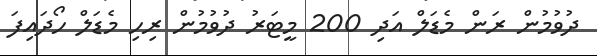
ދުވުމުން ރަން މެޑަލް އަދި 200 މީޓަރު ދުވުމުން ރިހި މެޑަލް ހޯދައިފަ